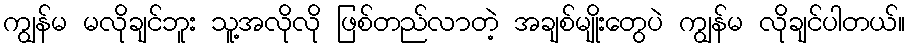
ကျွန်မ မလိုချင်ဘူး သူ့အလိုလို ဖြစ်တည်လာတဲ့ အချစ်မျိုးတွေပဲ ကျွန်မ လိုချင်ပါတယ်။